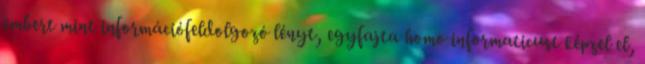
embert mint információfeldolgozó lényt, egyfajta homo informaticust képzel el,